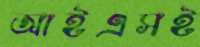
আইএসই